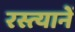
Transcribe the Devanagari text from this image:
रस्त्यानें